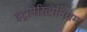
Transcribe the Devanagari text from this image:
इंट्रापेरिटोनियम